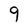
Character: q